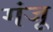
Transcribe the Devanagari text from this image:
गंजू